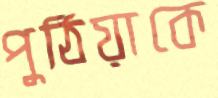
পুঠিয়াকে